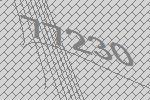
77230